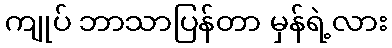
ကျုပ် ဘာသာပြန်တာ မှန်ရဲ့လား